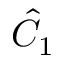
\hat { C } _ { 1 }